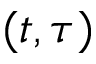
( t , \tau )